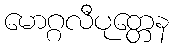
မောဂ္ဂလီပုတ္တေန